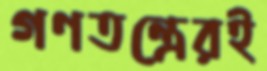
গণতন্ত্রেরই